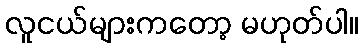
လူငယ်များကတော့ မဟုတ်ပါ။